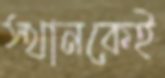
স্থানকেই